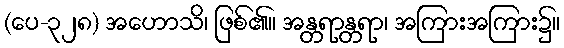
(ပေ-၃၂၈) အဟောသိ၊ ဖြစ်၏။ အန္တရာန္တရာ၊ အကြားအကြား၌။